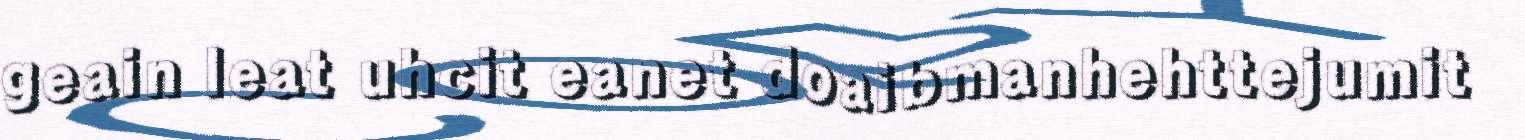
geain leat uhcit eanet doaibmanhehttejumit